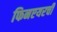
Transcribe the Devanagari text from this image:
फिनएयरची